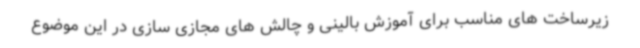
زیرساخت های مناسب برای آموزش بالینی و چالش های مجازی سازی در این موضوع